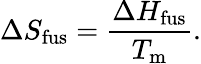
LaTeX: \Delta S_{\mathrm{fus}}={\frac{\Delta H_{\mathrm{fus}}}{T_{\mathrm{m}}}}.